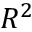
R ^ { 2 }